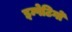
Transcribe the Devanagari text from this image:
इम्पेटिगो